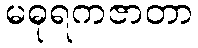
မဓုရကဇာတာ